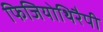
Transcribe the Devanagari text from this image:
फिजियोथिरैपी